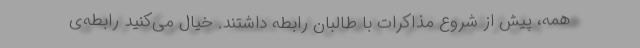
همه، پیش از شروع مذاکرات با طالبان رابطه داشتند. خیال می‌کنید رابطه‌ی